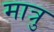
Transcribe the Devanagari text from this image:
मात्रु